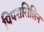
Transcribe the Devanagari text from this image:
पिपरासिलिन